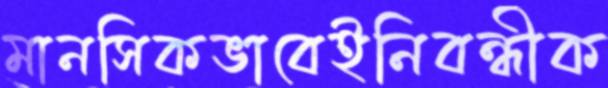
মানসিকভাবেইনিবন্ধীক